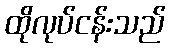
ထိုလုပ်ငန်းသည်